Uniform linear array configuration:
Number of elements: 24
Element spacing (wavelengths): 0.25
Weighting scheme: kaiser
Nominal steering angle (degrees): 30
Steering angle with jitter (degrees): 28.309
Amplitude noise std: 0.05
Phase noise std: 0.05

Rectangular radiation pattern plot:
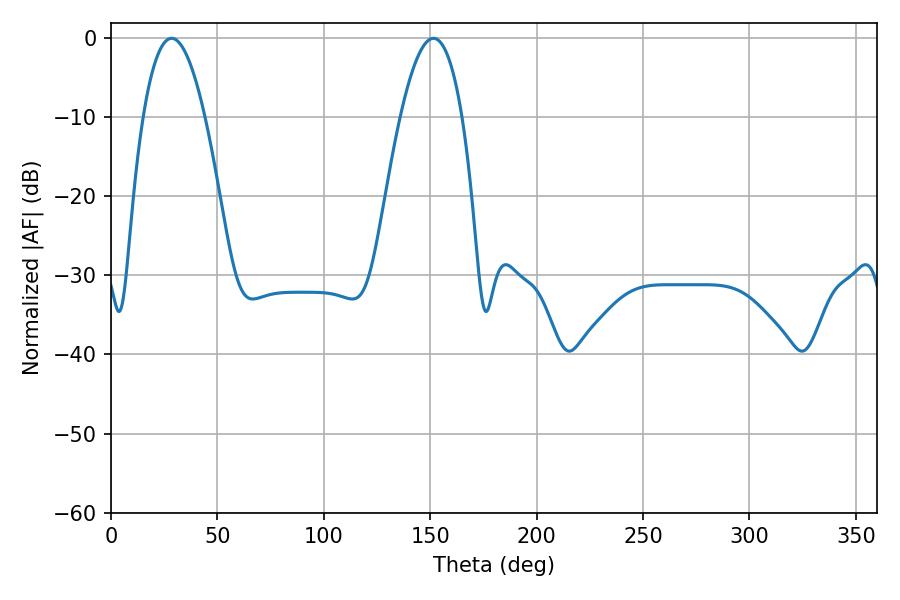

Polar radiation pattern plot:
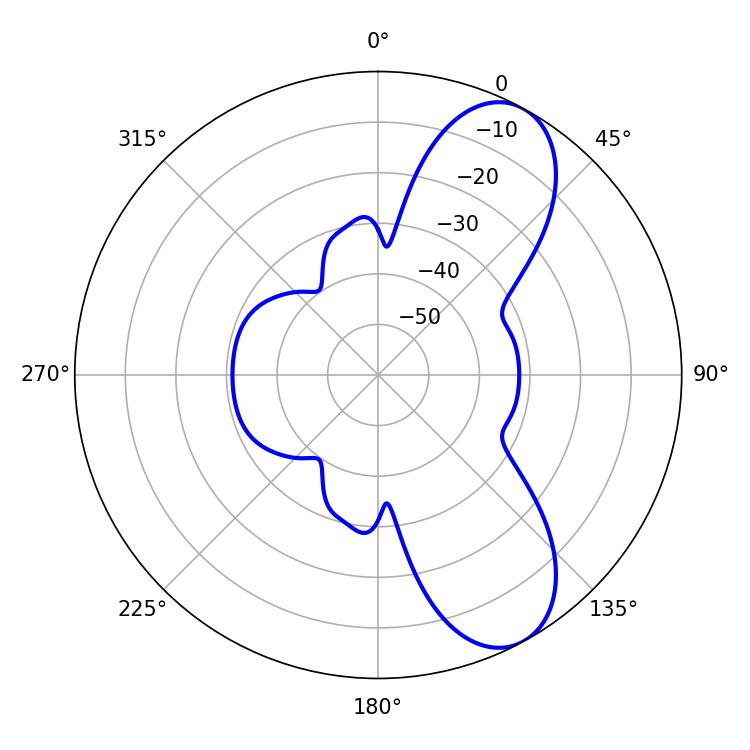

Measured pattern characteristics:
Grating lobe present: FALSE
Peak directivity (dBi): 8.4
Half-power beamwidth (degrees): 15.84
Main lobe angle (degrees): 28.44